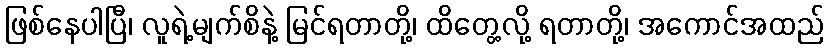
ဖြစ်နေပါပြီ၊ လူရဲ့မျက်စိနဲ့ မြင်ရတာတို့၊ ထိတွေ့လို့ ရတာတို့၊ အကောင်အထည်